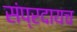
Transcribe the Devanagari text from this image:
संप्रदायच